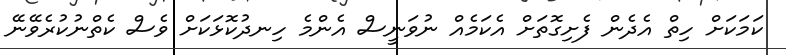
ކަމަކަށް ހިތް އެދެން ފެށިގޮތަށް އެކަމެއް ނުވަނީސް އެންމެ ހިނދުކޮޅަކަށް ވެސް ކެތްނުކުރެވޭނޭ